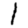
Digit: 1